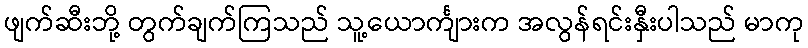
ဖျက်ဆီးဘို့ တွက်ချက်ကြသည် သူ့ယောင်္ကျားက အလွန်ရင်းနှီးပါသည် မာကု